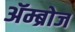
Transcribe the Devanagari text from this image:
ॲम्ब्रोज